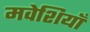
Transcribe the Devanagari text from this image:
मवेशियाँ